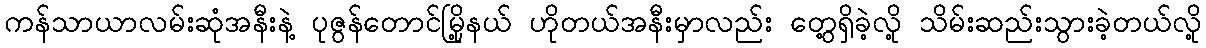
ကန်သာယာလမ်းဆုံအနီးနဲ့ ပုဇွန်တောင်မြို့နယ် ဟိုတယ်အနီးမှာလည်း တွေ့ရှိခဲ့လို့ သိမ်းဆည်းသွားခဲ့တယ်လို့